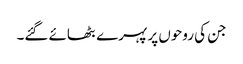
جن کی روحوں پر پہرے بٹھائے گئے۔